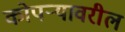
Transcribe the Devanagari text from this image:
कोपर्‍यावरील